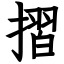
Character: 摺